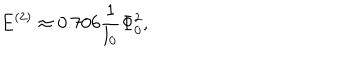
LaTeX: E ^ { ( 2 ) } \approx 0 . 7 0 6 \frac { 1 } { l _ { 0 } } \Phi _ { 0 } ^ { 2 } ,